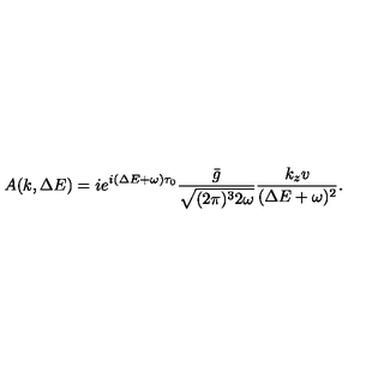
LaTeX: A ( k , \Delta E ) = i e ^ { i ( \Delta E + \omega ) \tau _ { 0 } } \frac { \bar { g } } { \sqrt { ( 2 \pi ) ^ { 3 } 2 \omega } } \frac { k _ { z } v } { ( \Delta E + \omega ) ^ { 2 } } .